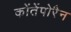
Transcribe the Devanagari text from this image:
कोंतेंपोरैन